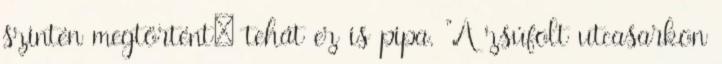
szintén megtörtént: tehát ez is pipa. "A zsúfolt utcasarkon